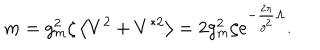
LaTeX: m = g _ { m } ^ { 2 } \zeta \left< V ^ { 2 } + V ^ { * 2 } \right> = 2 g _ { m } ^ { 2 } \zeta \mathrm { e } ^ { - { \frac { 2 \pi } { g ^ { 2 } } } \Lambda } .